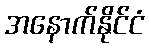
အနောက်နိုင်ငံ